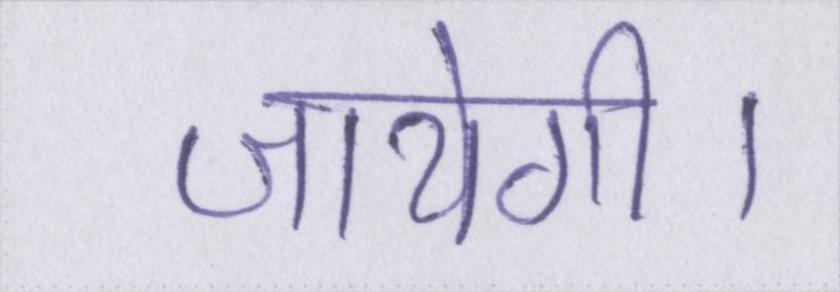
जायेगी।